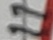
Text: 11